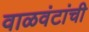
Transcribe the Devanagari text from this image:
वाळवंटांची